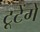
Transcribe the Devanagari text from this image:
टूटेंगे